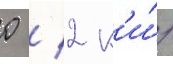
0 / 2 к'и́/